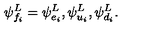
\psi _ { f _ { i } } ^ { L } = \psi _ { e _ { i } } ^ { L } , \psi _ { u _ { i } } ^ { L } , \psi _ { d _ { i } } ^ { L } \/ .